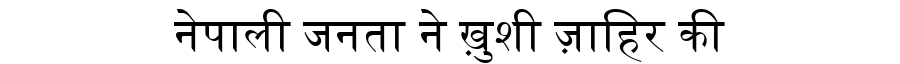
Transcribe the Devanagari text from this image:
नेपाली जनता ने ख़ुशी ज़ाहिर की